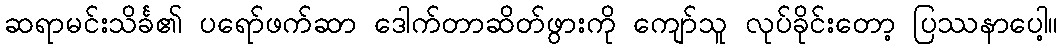
ဆရာမင်းသိင်္ခ၏ ပရော်ဖက်ဆာ ဒေါက်တာဆိတ်ဖွားကို ကျော်သူ လုပ်ခိုင်းတော့ ပြဿနာပေါ့။